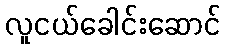
လူငယ်ခေါင်းဆောင်